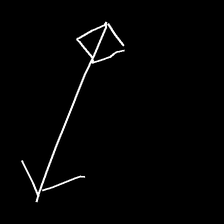
Glyph: focus